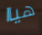
هياا